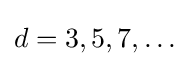
d=3,5,7,\ldots